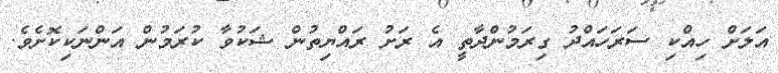
އަލަށް ހިއްކި ސަރަހައްދުު ގިރަމުންދާތީ އެ ރަށު ރައްޔިތުން ޝަކުވާ ކުރަމުން އަންނަކިކޮށެވެ.